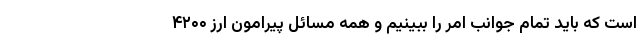
است که باید تمام جوانب امر را ببینیم و همه مسائل پیرامون ارز ۴۲۰۰